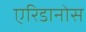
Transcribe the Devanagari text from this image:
एरिडानोस